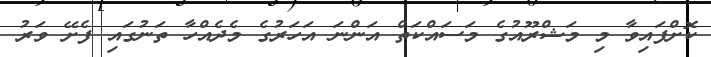
ކޮށްފައިވާ މި މަޝްރޫއުގެ މަސައްކަތް އަންނަ އަހަރުގެ މެދެއްހާ ތަނުގައި ފެށޭ ވަރު